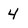
Character: 4